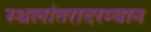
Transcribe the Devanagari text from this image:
स्थलांतरादरम्यान